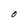
Character: O